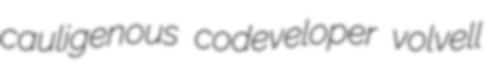
cauligenous codeveloper volvell